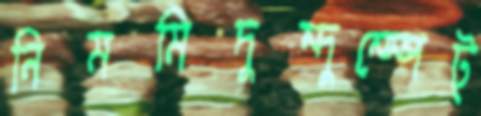
নিমমিদুম্‌দুম্‌স্পেট্